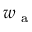
w _ { \textrm { a } }